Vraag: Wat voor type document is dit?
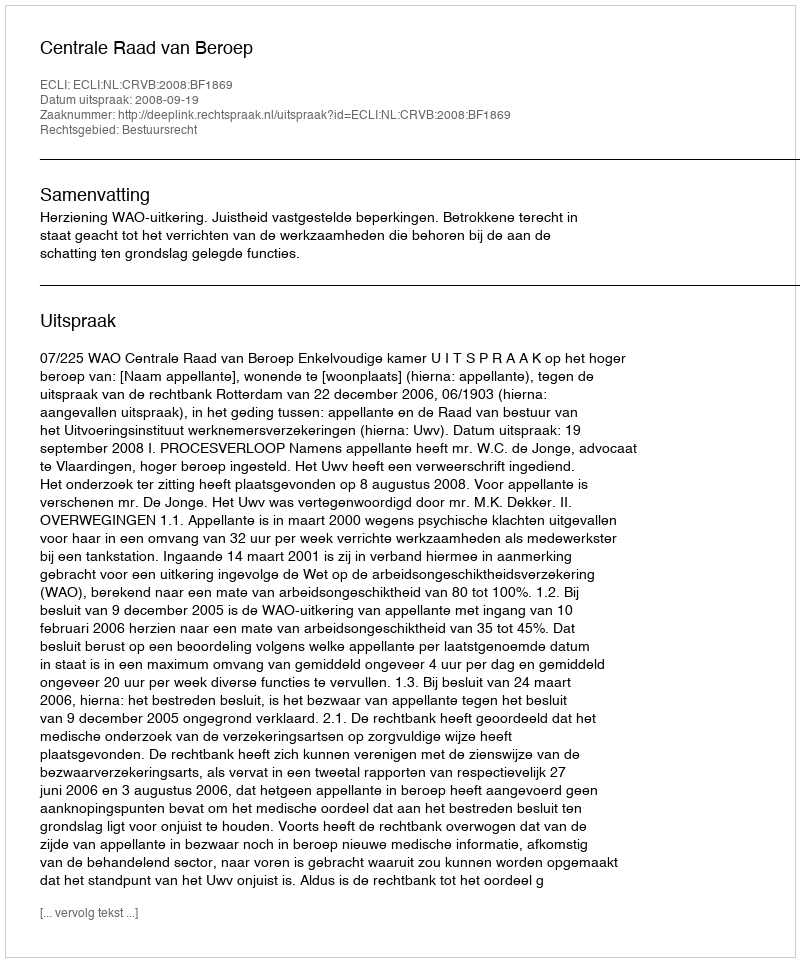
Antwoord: Uitspraak